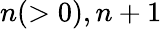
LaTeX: n(>0),n+1